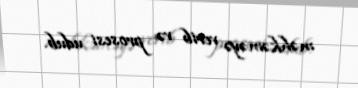
məhkəməyə verib və prosesi udub.